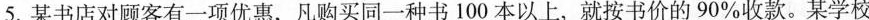
5.某书店对顾客有一项优惠，凡购买同一种书100本以上，就按书价的90%收款。某学校